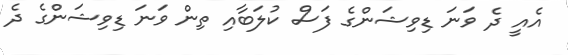
އެއީ ދެ ވަނަ ޑިވިޝަންގެ ފަސް ކުލަބާއި ތިން ވަނަ ޑިވިޝަންގެ ދެ